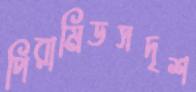
পিরামিডসদৃশ